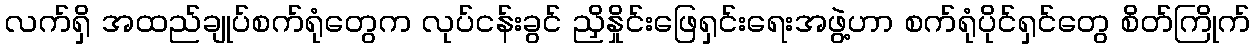
လက်ရှိ အထည်ချုပ်စက်ရုံတွေက လုပ်ငန်းခွင် ညှိနှိုင်းဖြေရှင်းရေးအဖွဲ့ဟာ စက်ရုံပိုင်ရှင်တွေ စိတ်ကြိုက်